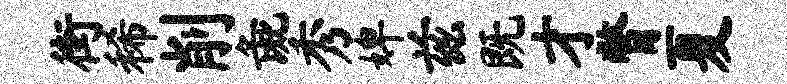
街稀削彘秀婢兹既才瞥夏